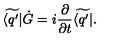
\widetilde { \langle q ^ { \prime } | } \dot { G } = i { \frac { \partial } { \partial t } } \widetilde { \langle q ^ { \prime } | } .